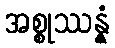
အစ္စုဿန္နံ